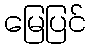
မြေပြင်